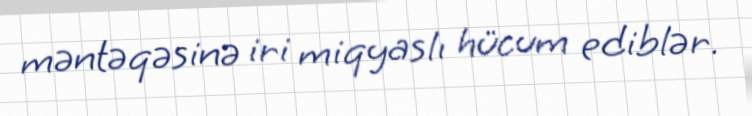
məntəqəsinə iri miqyaslı hücum ediblər.